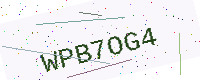
Text: WPB7OG4